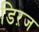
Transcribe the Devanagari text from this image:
डिऱज